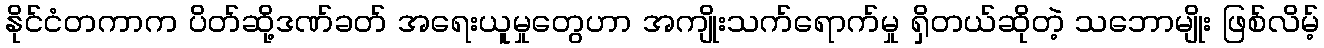
နိုင်ငံတကာက ပိတ်ဆို့ဒဏ်ခတ် အရေးယူမှုတွေဟာ အကျိုးသက်ရောက်မှု ရှိတယ်ဆိုတဲ့ သဘောမျိုး ဖြစ်လိမ့်